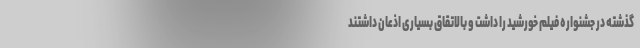
گذشته در جشنواره فیلم خورشید را داشت و بالاتقاق بسیاری اذعان داشتند